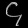
Digit: ၄